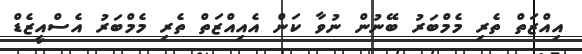
އިއްޒަތް ތެރި މެމްބަރު ބޭނުން ނުވާ ކަން އެއިއްޒަތް ތެރި މެމްބަރު އެސްއީޒެޑް